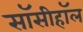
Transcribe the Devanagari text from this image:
सॉसीहॉल